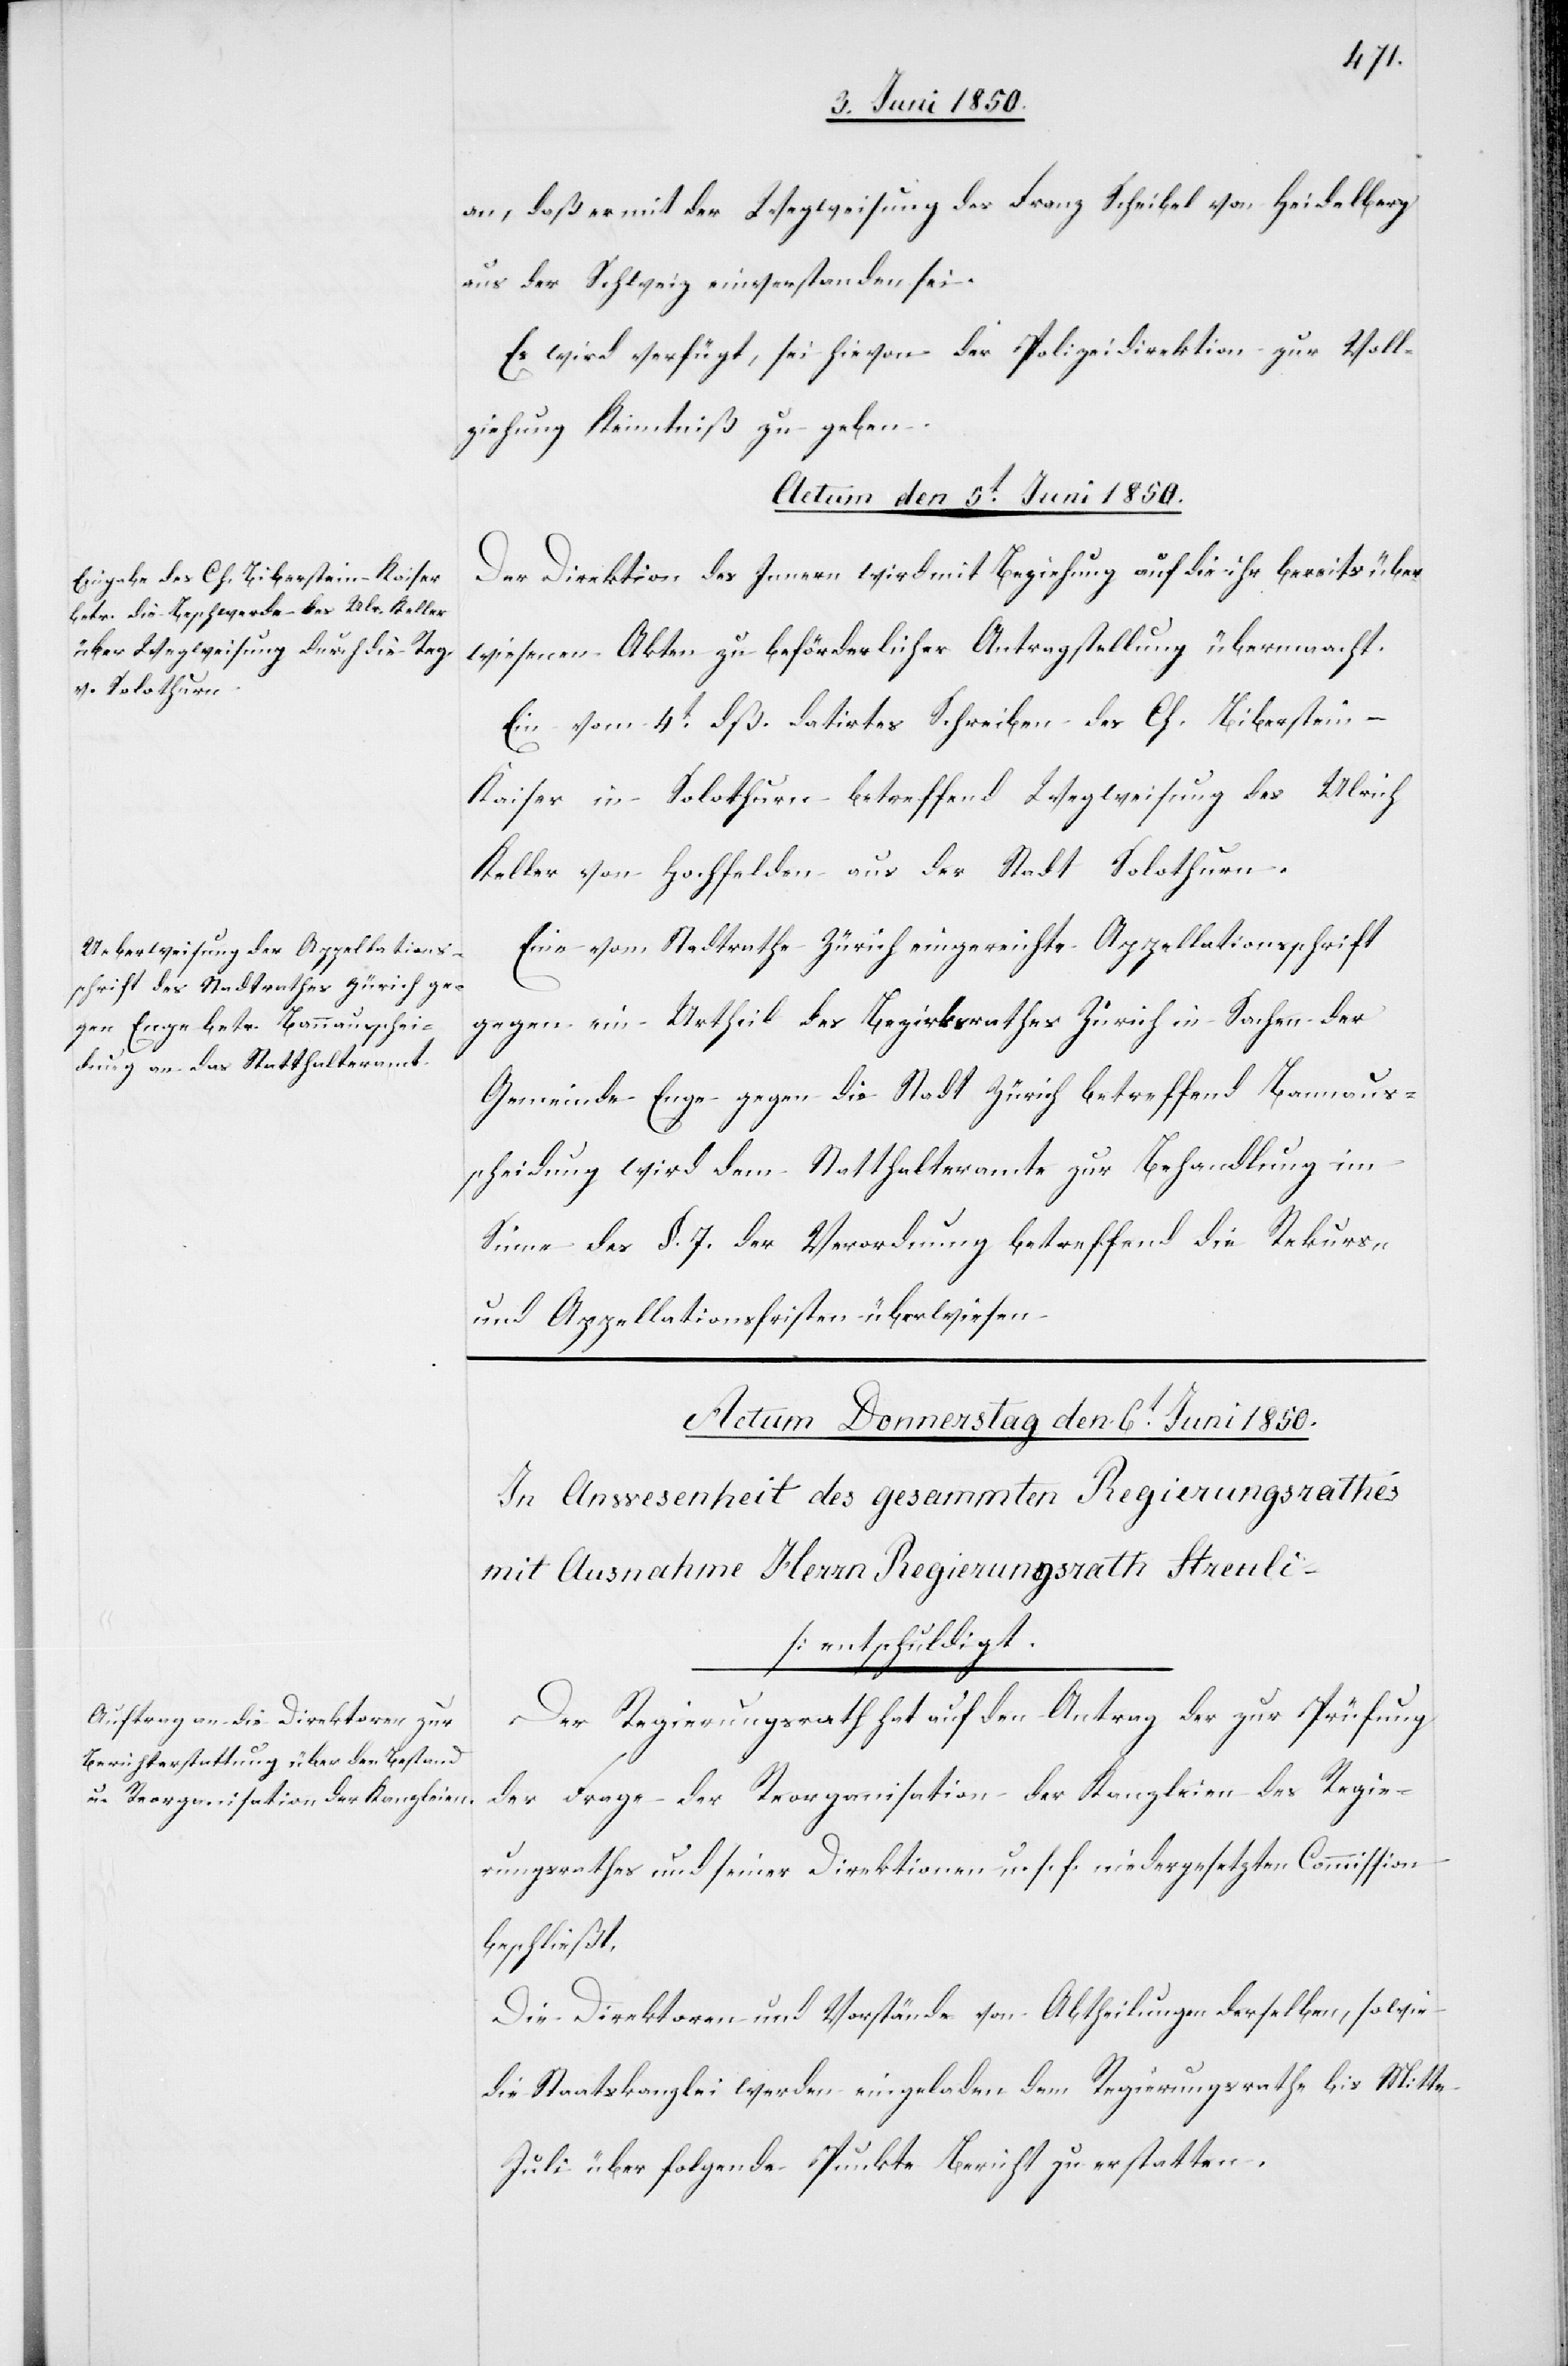
an, daß er mit der Wegweisung des Franz Scheibel von Heidelberg
aus der Schweiz einverstanden sei.
Es wird verfügt, sei hievon der Polizeidirektion zur Voll¬
ziehung Kenntniß zu geben.
Actum den 5t Juni 1850.]
Direktion des Innern wird mit Beziehung auf die ihr bereits über¬
wiesenen Akten zu beförderlicher Antragstellung übermacht.
Ein vom 4t dß. datirtes Schreiben des Ch. Biberstein-K¬
aiser in Solothurn betreffend Wegweisung des Ulrich
Keller von Hochfelden aus der Stadt Solothurn.
Eine vom Stadtrathe Zürich eingereichte Appellationsschrift
gegen ein Urtheil des Bezirksrathes Zürich in Sachen der
Gemeinde Enge gegen die Stadt Zürich betreffend Bannaus¬
scheidung wird dem Statthalteramte zur Behandlung im
Sinne des §. 7. der Verordnung betreffend die Rekurs-
und Appellationsfristen überwiesen.
Der Regierungsrath hat auf den Antrag der zur Prüfung
der Frage der Reorganisation der Kanzleien des Regie¬
rungsrathes und seiner Direktionen u. s. f. niedergesetzten Commission
beschlossen].
Die Direktoren und Vorstände von Abtheilungen derselben, sowie
die Staatskanzlei werden eingeladen dem Regierungsrathe bis Mitte
Juli über folgende Punkte Bericht zu erstatten.